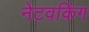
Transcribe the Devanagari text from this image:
नेटवकिंग